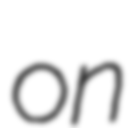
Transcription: on